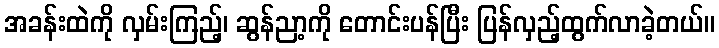
အခန်းထဲကို လှမ်းကြည့်၊ ဆွန်ညာ့ကို တောင်းပန်ပြီး ပြန်လှည့်ထွက်လာခဲ့တယ်။